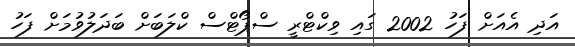
އަދި އެއަށް ފަހު 2002 ގައި ވިކްޓްރީ ސްޕޯޓްސް ކްލަބަށް ބަދަލުވުމަށް ފަހު